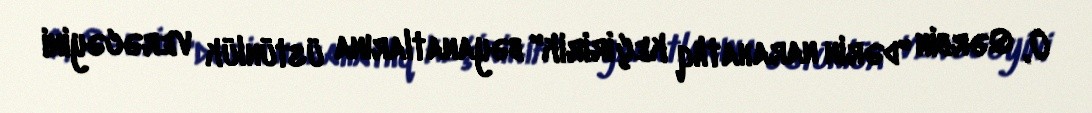
O, Qərbin "dərin narahatlıq keçiririk" bəyanatlarına üstünlük verəcəyini